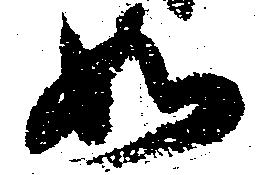
如